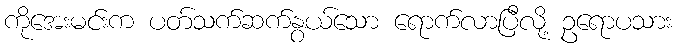
ကိုအေးမင်းက ပတ်သက်ဆက်နွယ်သော ရောက်လာပြီလို့ ဥရောပသား